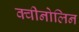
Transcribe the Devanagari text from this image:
क्वीनोलिन